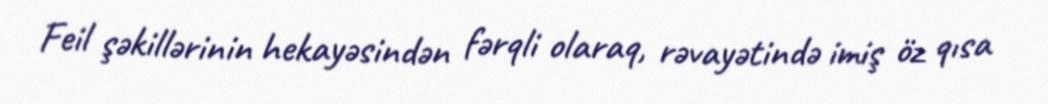
Feil şəkillərinin hekayəsindən fərqli olaraq, rəvayətində imiş öz qısa